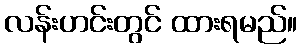
လန်းဟင်းတွင် ထားရမည်။